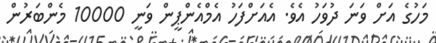
މަހުގެ އަށް ވަނަ ދުވަހު އެވެ. އެއަށްފަހު އެމްއެންޕީން ވަނީ 10000 މެންބަރުން